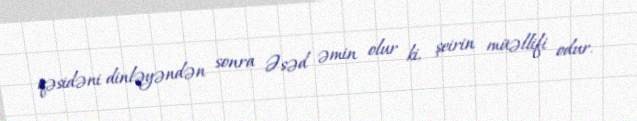
qəsidəni dinləyəndən sonra Əsəd əmin olur ki, şeirin müəllifi odur.